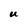
Character: U